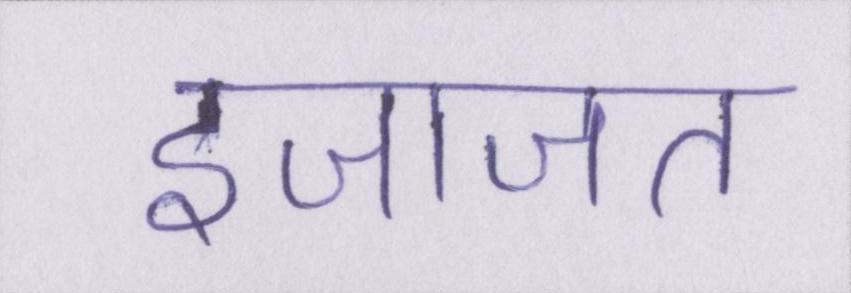
इजाजत